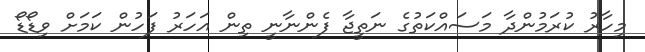
މިހާރު ކުރަމުންދާ މަސައްކަތުގެ ނަތީޖާ ފެންނާނީ ތިން އަަަހަރު ފަހުން ކަމަށް ވިޑޯޑޯ